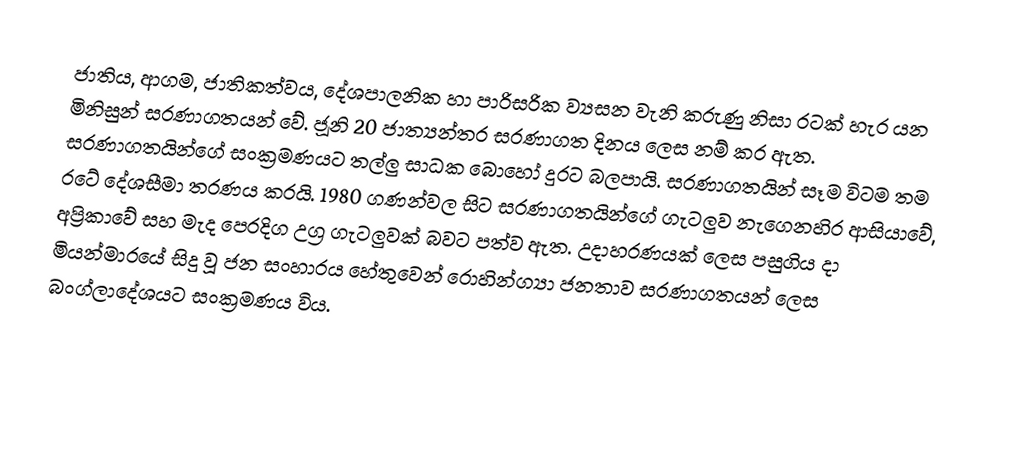
ජාතිය, ආගම, ජාතිකත්වය, දේශපාලනික හා පාරිසරික ව්‍යසන වැනි කරුණු නිසා රටක් හැර යන මිනිසුන් සරණාගතයන් වේ. ජූනි 20 ජාත්‍යන්තර සරණාගත දිනය ලෙස නම් කර ඇත. සරණාගතයින්ගේ සංක්‍රමණයට තල්ලු සාධක බොහෝ දුරට බලපායි. සරණාගතයින් සෑම විටම තම රටේ දේශසීමා තරණය කරයි. 1980 ගණන්වල සිට සරණාගතයින්ගේ ගැටලුව නැගෙනහිර ආසියාවේ, අප්‍රිකාවේ සහ මැද පෙරදිග උග්‍ර ගැටලුවක් බවට පත්ව ඇත. උදාහරණයක් ලෙස පසුගිය දා මියන්මාරයේ සිදු වූ ජන සංහාරය හේතුවෙන් රොහින්ග්‍යා ජනතාව සරණාගතයන් ලෙස බංග්ලාදේශයට සංක්‍රමණය විය.